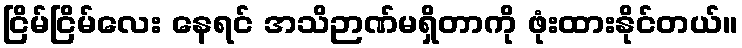
ငြိမ်ငြိမ်လေး နေရင် အသိဉာဏ်မရှိတာကို ဖုံးထားနိုင်တယ်။